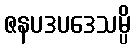
ဇနပဒပဒေသမ္ပိ